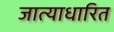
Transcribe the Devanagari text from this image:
जात्याधारित